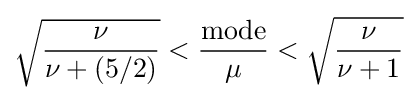
{\sqrt {\frac {\nu }{\nu +(5/2)}}}<{\frac {\mathrm {mode} }{\mu }}<{\sqrt {\frac {\nu }{\nu +1}}}